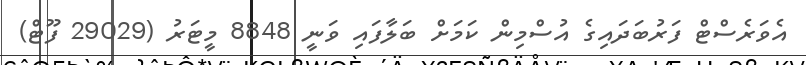
އެވަރެސްޓް ފަރުބަަދައިގެ އުސްމިން ކަމަށް ބަލާފައި ވަނީ 8848 މީޓަރު (29029 ފޫޓް)